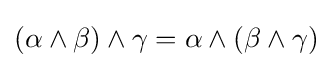
(\alpha \wedge \beta )\wedge \gamma =\alpha \wedge (\beta \wedge \gamma )